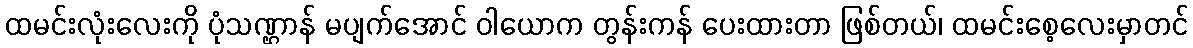
ထမင်းလုံးလေးကို ပုံသဏ္ဌာန် မပျက်အောင် ဝါယောက တွန်းကန် ပေးထားတာ ဖြစ်တယ်၊ ထမင်းစေ့လေးမှာတင်